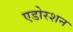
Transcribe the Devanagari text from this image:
एडोरशन